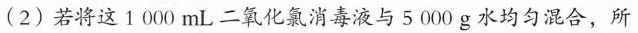
(2)若将这1000mL二氧化氯消毒液与5000g水均匀混合，所